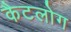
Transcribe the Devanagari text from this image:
कैटलोग